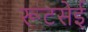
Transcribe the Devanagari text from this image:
रूटसेई